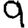
Digit: 9